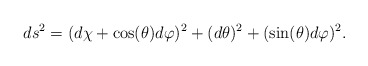
\begin{align*}ds^{2}=(d\chi+ \cos(\theta)d\varphi)^{2}+ (d\theta)^{2} +(\sin(\theta)d\varphi)^{2}. \end{align*}